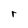
Character: r